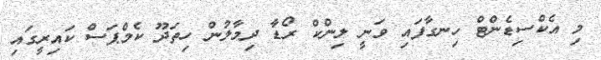
މި އެކްސިޑެންޓް ހިނގާފައި ވަނީ ލިންކް ރޯޑާ ދިމާލުން ހިތަދޫ ކެމްޕަސް ކައިރީގައި